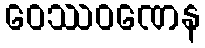
ဝေဿဝဏေန